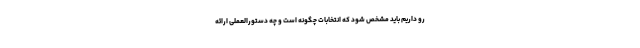
رو داریم باید مشخص شود که انتخابات چگونه است و چه دستورالعملی ارائه